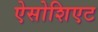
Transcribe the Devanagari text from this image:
ऐसोशिएट